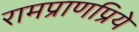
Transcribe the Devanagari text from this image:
रामप्राणप्रिये